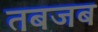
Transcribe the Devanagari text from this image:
तबजब